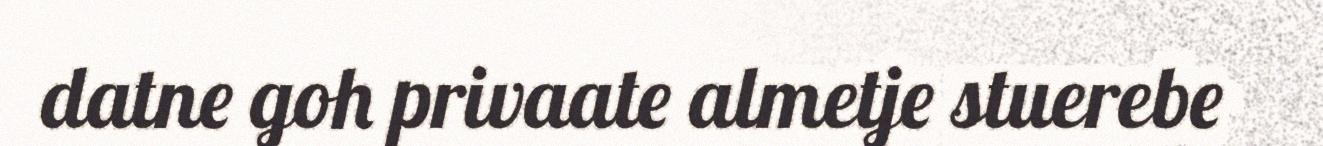
datne goh privaate almetje stuerebe